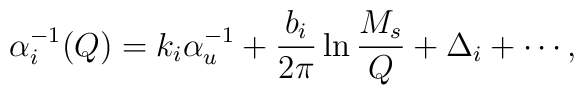
\alpha _{i}^{-1}(Q) = k_{i}\alpha _{u}^{-1}+\frac{b_{i}}{2\pi } \ln\frac{M_{s}}{Q}+\Delta _{i} +\cdots,